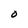
Character: o